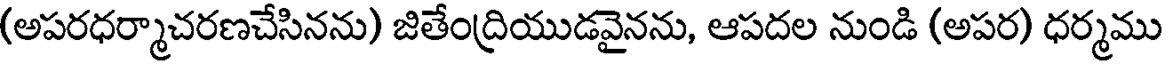
(అపరధర్మాచరణచేసినను) జితేంద్రియుడవైనను, ఆపదల నుండి (అపర) ధర్మము